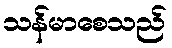
သန်မာစေသည်